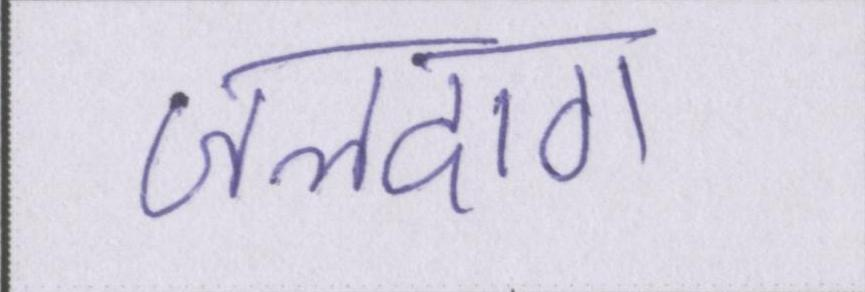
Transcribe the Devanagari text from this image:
जलदाग